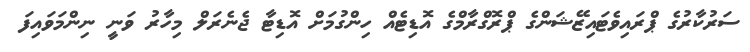
ސަރުކާރުގެ ޕްރައިވެޓައިޒޭޝަންގެ ޕްރޮގްރާމްގެ އޮޑިޓެއް ހިންގުމަށް އޮޑިޓާ ޖެނެރަލް މިހާރު ވަނީ ނިންމަވައިފަ